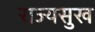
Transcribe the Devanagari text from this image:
राज्यसुख